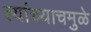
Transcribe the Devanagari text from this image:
त्यांच्याचमुळे